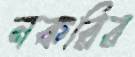
নকরির